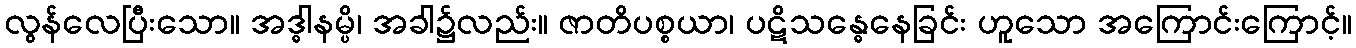
လွန်လေပြီးသော။ အဒ္ဓါနမ္ပိ၊ အခါ၌လည်း။ ဇာတိပစ္စယာ၊ ပဋိသန္ဓေနေခြင်း ဟူသော အကြောင်းကြောင့်။